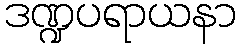
ဒဏ္ဍပရာယနာ